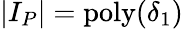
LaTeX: |I_{P}|=\mathrm{poly}(\delta_{1})